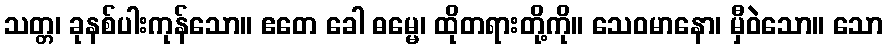
သတ္တ၊ ခုနစ်ပါးကုန်သော။ ဧတေ ခေါ ဓမ္မေ၊ ထိုတရားတို့ကို။ သေဝမာနော၊ မှီဝဲသော။ သော